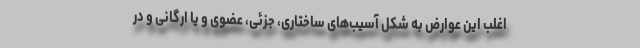
اغلب این عوارض به شکل آسیب‌های ساختاری، جزئی، عضوی و یا ارگانی و در